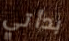
بدأتي